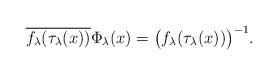
LaTeX: \begin{align*} \overline{f_\lambda(\tau_\lambda(x))} \Phi_\lambda(x) = \big(f_\lambda(\tau_\lambda(x))\big)^{-1}. \end{align*}